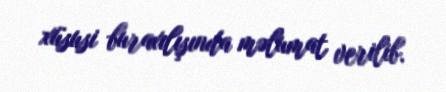
xüsusi buraxılışında məlumat verilib.